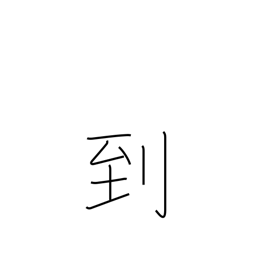
Meaning: arrival